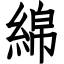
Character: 綿